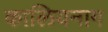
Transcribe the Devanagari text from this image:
कालियनाग